Civil Veterinary Department Bihar reports 1940-50 - 1940-1950
Year: 1940
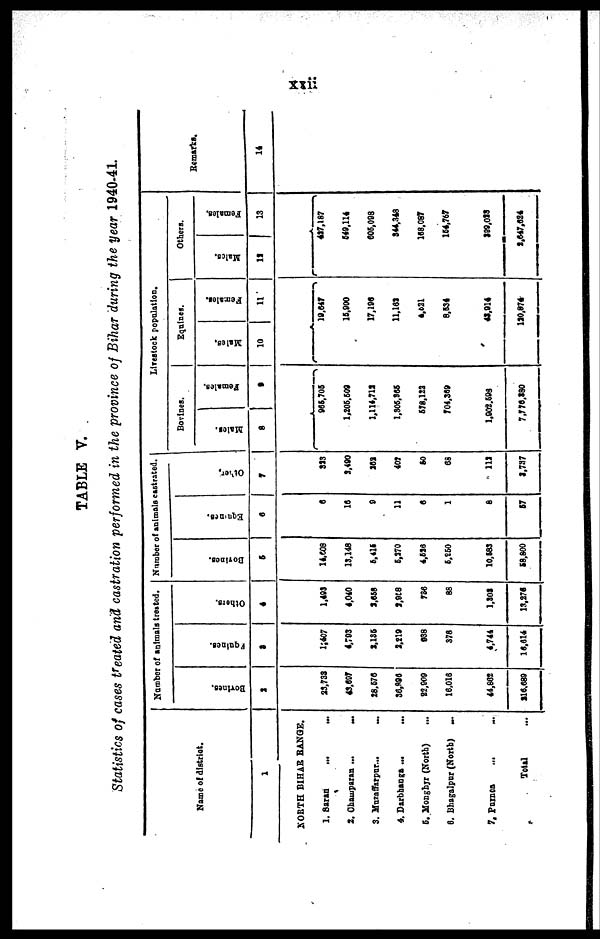
xxii
TABLE V.
Statistics of cases treated and castration performed in the province of Bihar during the year 1940-41.
Name of district.
1
NORTH BIHAR RANGE.
1. Saran
...
...
2. Chaimparan ...
...
3. Muzaffarpnr...
...
4. Darbhanga
...
...
5. Monghyr (North) ...
6. Bhagalpur (North)
...
7. Pumca ... ...
Total ...
Number of animals treated.
Bovines.
2
23,738
43,697
28,670
36,896
22,909
16,018
44,862
216,689
Equines.
3
1,407
4,793
2,136
2,219
938
378
4,744
16,614
Ot her s .
4
1,493
4,040
2,658
8,988
736
88
1,808
13,276
Number of animals castrated.
Bovines
5
14,608
13,148
5,415
5,270
4,526
5,250
10,583
68,800
Eqai nes .
6
6
16
9
11
6
1
8
67
Other
7
333
3,490
252
407
60
68
113
3,737
Livestock population.
Bovlnes.
Males.
8
Females.
9
965,706
1,205,509
1,114,712
1,305,865
578,122
704,369
1,802,598
7,776,380
Equines.
Males.
10
Females.
11
19,647
15,900
17,196
11,163
4,621
8,634
43,914
120,874
Others.
Males.
12
Females.
13
437,187
649,114
606,098
344,348
168,087
154,767
399,088
2,647,624
Remarks.
14